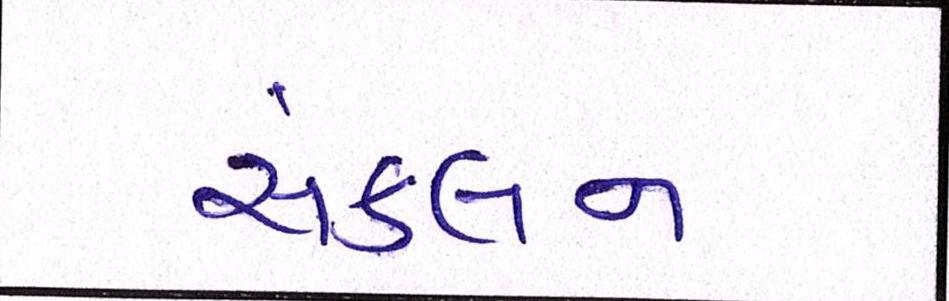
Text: સંકલન